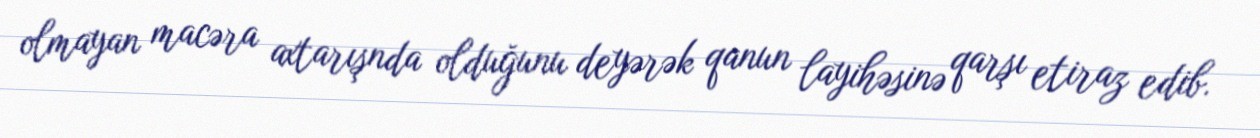
olmayan macəra axtarışnda olduğunu deyərək qanun layihəsinə qarşı etiraz edib.